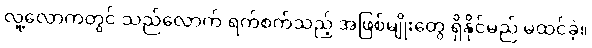
လူ့လောကတွင် သည်လောက် ရက်စက်သည့် အဖြစ်မျိုးတွေ ရှိနိုင်မည် မထင်ခဲ့။